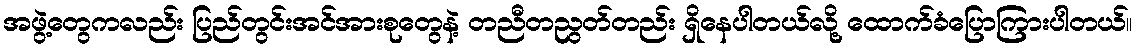
အဖွဲ့တွေကလည်း ပြည်တွင်းအင်အားစုတွေနဲ့ တညီတညွတ်တည်း ရှိနေပါတယ်လို့ ထောက်ခံပြောကြားပါတယ်။